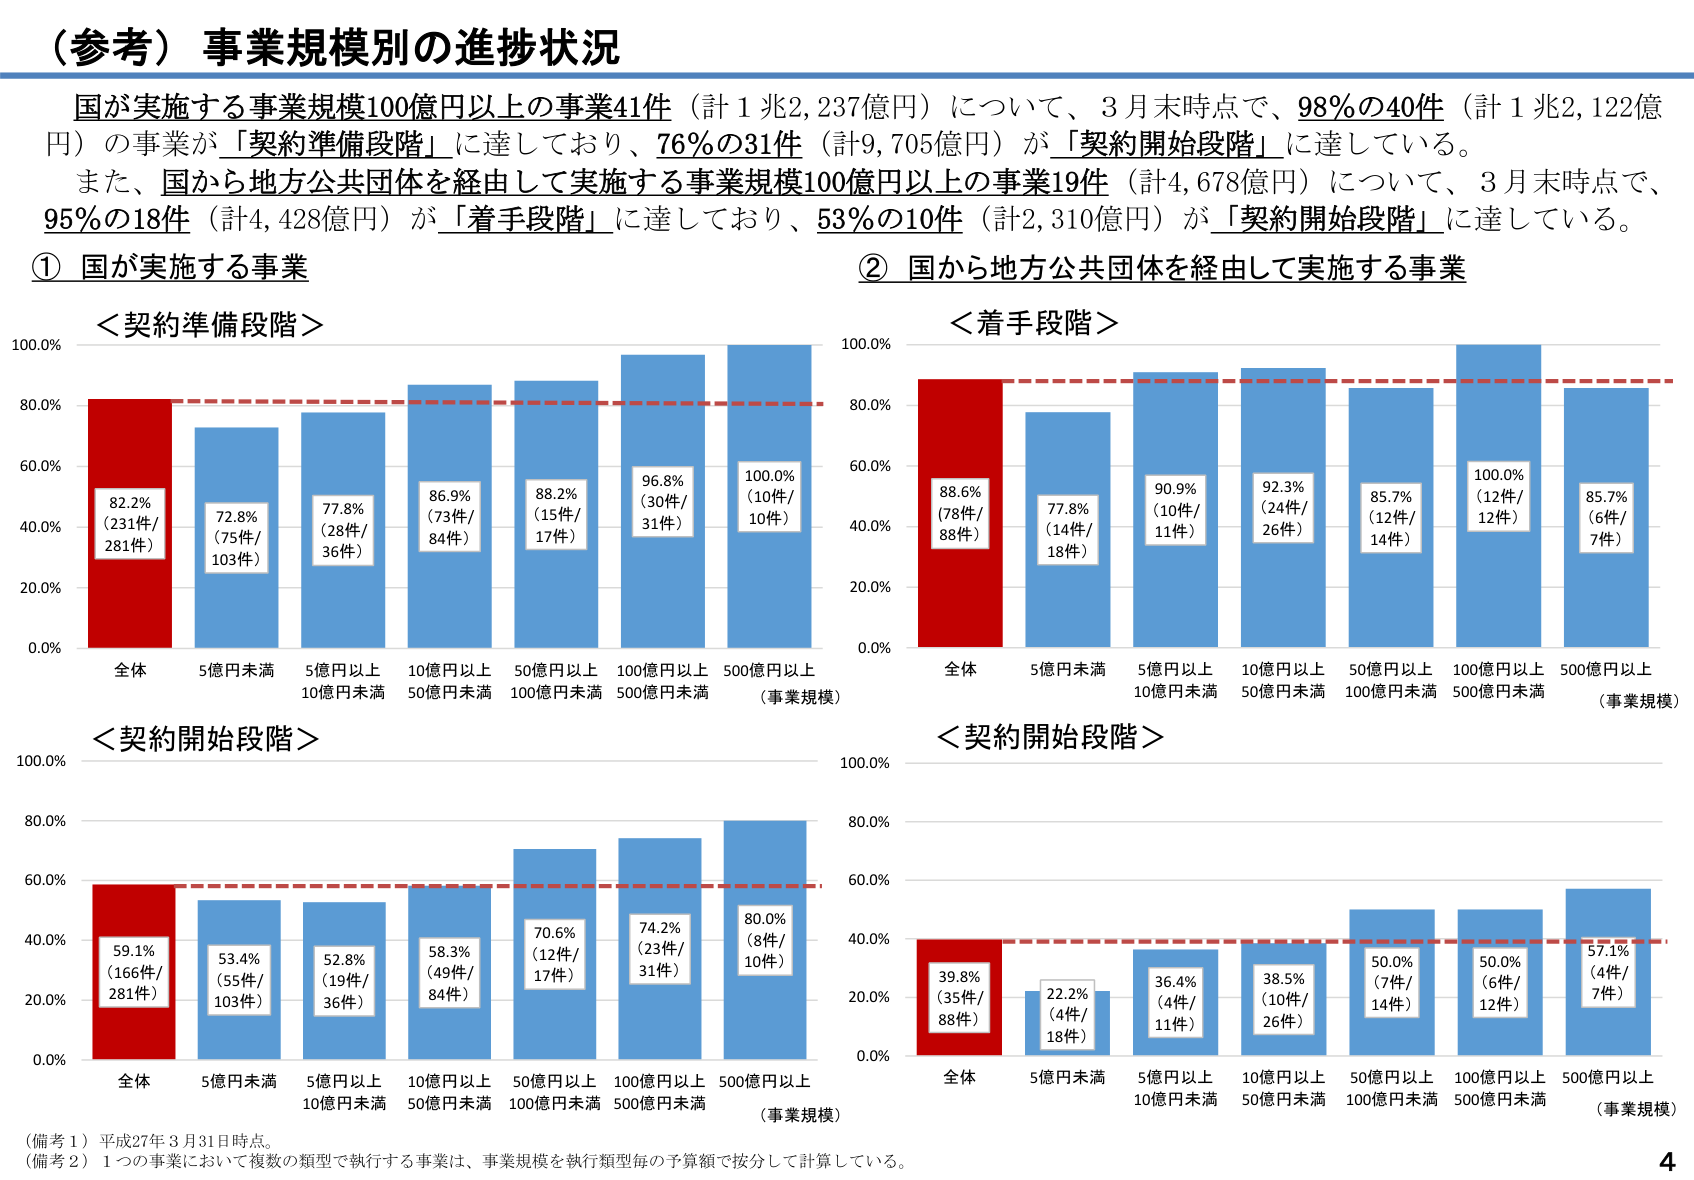
（参考）事業規模別の進捗状況

国が実施する事業規模100億円以上の事業41件（計1兆2,237億円）について、3月末時点で、98％の40件（計1兆2,122億円）の事業が「契約準備段階」に達しており、76％の31件（計9,705億円）が「契約開始段階」に達している。

また、国から地方公共団体を経由して実施する事業規模100億円以上の事業19件（計4,678億円）について、3月末時点で、95％の18件（計4,428億円）が「着手段階」に達しており、53％の10件（計2,310億円）が「契約開始段階」に達している。

① 国が実施する事業

＜契約準備段階＞
100.0%
80.0%
60.0%
40.0%
20.0%
0.0%
全体 82.2%（231件/281件）
5億円未満 72.8%（75件/103件）
5億円以上10億円未満 77.8%（28件/36件）
10億円以上50億円未満 86.9%（73件/84件）
50億円以上100億円未満 88.2%（15件/17件）
100億円以上500億円未満 96.8%（30件/31件）
500億円以上 100.0%（10件/10件）
（事業規模）

＜契約開始段階＞
100.0%
80.0%
60.0%
40.0%
20.0%
0.0%
全体 59.1%（166件/281件）
5億円未満 53.4%（55件/103件）
5億円以上10億円未満 52.8%（19件/36件）
10億円以上50億円未満 58.3%（49件/84件）
50億円以上100億円未満 70.6%（12件/17件）
100億円以上500億円未満 74.2%（23件/31件）
500億円以上 80.0%（8件/10件）
（事業規模）

② 国から地方公共団体を経由して実施する事業

＜着手段階＞
100.0%
80.0%
60.0%
40.0%
20.0%
0.0%
全体 88.6%（78件/88件）
5億円未満 77.8%（14件/18件）
5億円以上10億円未満 90.9%（10件/11件）
10億円以上50億円未満 92.3%（24件/26件）
50億円以上100億円未満 85.7%（12件/14件）
100億円以上500億円未満 100.0%（12件/12件）
500億円以上 85.7%（6件/7件）
（事業規模）

＜契約開始段階＞
100.0%
80.0%
60.0%
40.0%
20.0%
0.0%
全体 39.8%（35件/88件）
5億円未満 22.2%（4件/18件）
5億円以上10億円未満 36.4%（4件/11件）
10億円以上50億円未満 38.5%（10件/26件）
50億円以上100億円未満 50.0%（7件/14件）
100億円以上500億円未満 50.0%（6件/12件）
500億円以上 57.1%（4件/7件）
（事業規模）

（備考１）平成27年3月31日時点。
（備考２）１つの事業において複数の類型で執行する事業は、事業規模を執行類型毎の予算額で按分して計算している。

4